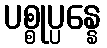
ပစ္စုပ္ပန္နေ